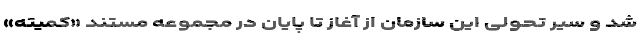
شد و سیر تحولی این سازمان از آغاز تا پایان در مجموعه مستند «کمیته»